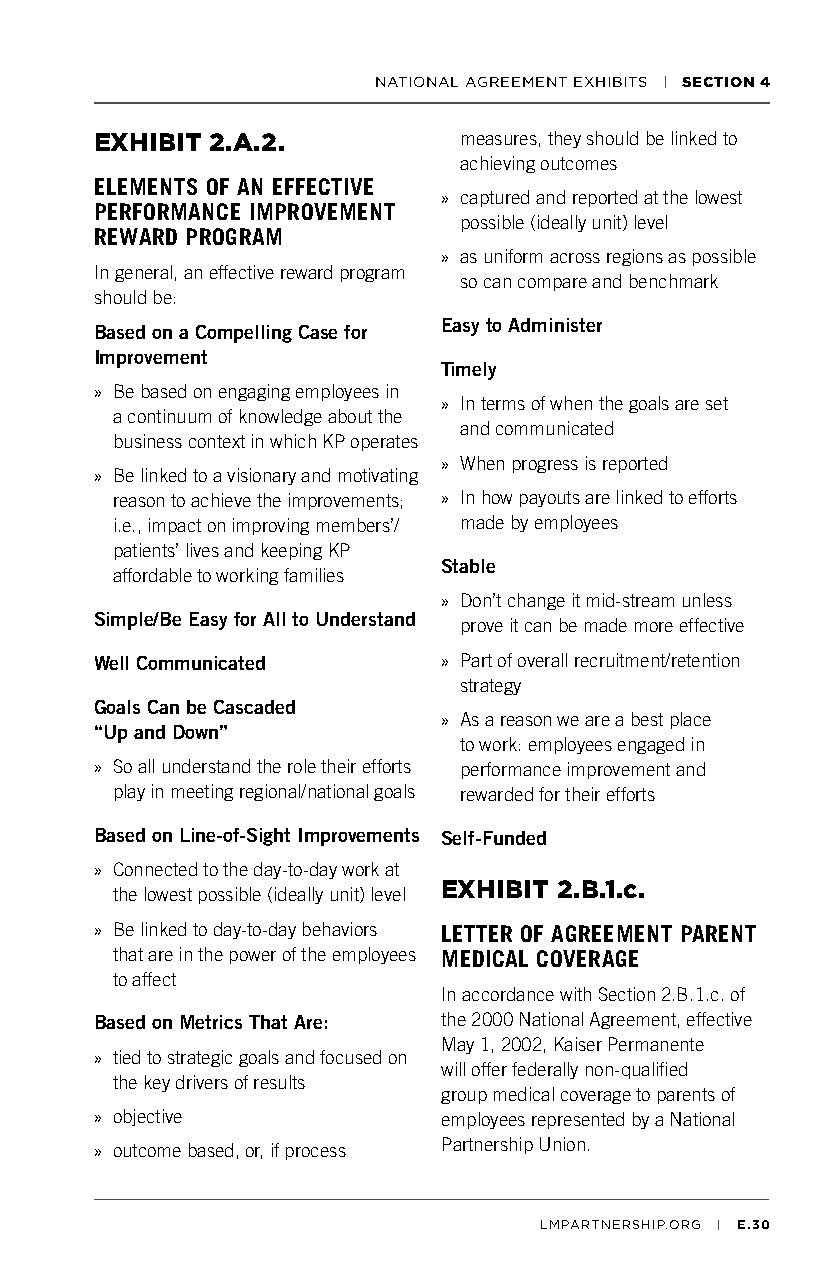
NATIONAL AGREEMENT EXHIBITS | SECTION 4
 EXHIBIT 2.A.2.          measures, they should be linked to
 achieving outcomes
 ELEMENTS OF AN EFFECTIVE
 » captured and reported at the lowest
 PERFORMANCE IMPROVEMENT
 possible (ideally unit) level
 REWARD PROGRAM
 » as uniform across regions as possible
 In general, an effective reward program
 so can compare and benchmark
 should be:
 Easy to Administer
 Based on a Compelling Case for
 Improvement
 Timely
 » Be based on engaging employees in
 » In terms of when the goals are set
 a continuum of knowledge about the
 and communicated
 business context in which KP operates
 » When progress is reported
 » Be linked to a visionary and motivating
 reason to achieve the improvements; » In how payouts are linked to efforts
 i.e., impact on improving members’/ made by employees
 patients’ lives and keeping KP
 Stable
 affordable to working families
 » Don’t change it mid-stream unless
 Simple/Be Easy for All to Understand
 prove it can be made more effective
 Well Communicated      » Part of overall recruitment/retention
 strategy
 Goals Can be Cascaded
 » As a reason we are a best place
 “Up and Down”
 to work: employees engaged in
 » So all understand the role their efforts performance improvement and
 play in meeting regional/national goals rewarded for their efforts
 Based on Line-of-Sight Improvements Self-Funded
 » Connected to the day-to-day work at
 the lowest possible (ideally unit) level EXHIBIT 2.B.1.c.
 » Be linked to day-to-day behaviors LETTER OF AGREEMENT PARENT
 that are in the power of the employees MEDICAL COVERAGE
 to affect
 In accordance with Section 2.B.1.c. of
 Based on Metrics That Are: the 2000 National Agreement, effective
 May 1, 2002, Kaiser Permanente
 » tied to strategic goals and focused on
 will offer federally non-qualified
 the key drivers of results
 group medical coverage to parents of
 » objective            employees represented by a National
 Partnership Union.
 » outcome based, or, if process
 LMPARTNERSHIP.ORG | E.30